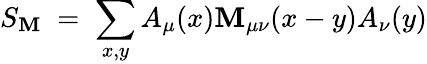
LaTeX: S_{\mathbf{M}}\; =\; \sum_{x,y}A_{\mu}(x)\mathbf{M}_{\mu\nu}(x-y)A_{\nu}(y)